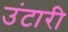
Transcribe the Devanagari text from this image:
उंटारी